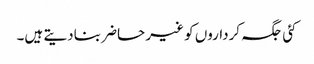
کئی جگہ کرداروں کو غیر حاضر بنادیتے ہیں۔